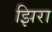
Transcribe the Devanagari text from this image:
झिरा